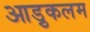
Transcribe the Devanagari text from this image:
आड़ुकलम